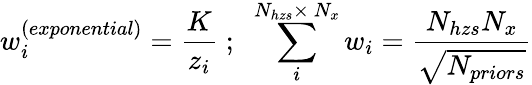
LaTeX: w_{i}^{\left(exponential\right)}=\frac{K}{z_{i}}\; ;\; \; \sum_{i}^{N_{hzs}\times\ N_{x}}w_{i}=\frac{N_{hzs}N_{x}}{\sqrt{N_{priors}}}